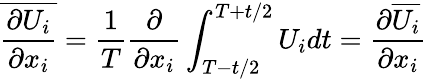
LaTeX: \overline{{\frac{\partial U_{i}}{\partial x_{i}}}}={\frac{1}{T}}{\frac{\partial}{\partial x_{i}}}\int_{T-t/2}^{T+t/2}U_{i}dt={\frac{\partial\overline{{U_{i}}}}{\partial x_{i}}}